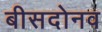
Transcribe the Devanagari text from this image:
बीसदोनव